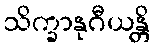
သိက္ခာနုဂီယန္တိ